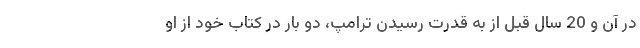
در آن و 20 سال قبل از به قدرت رسیدن ترامپ، دو بار در کتاب خود از او